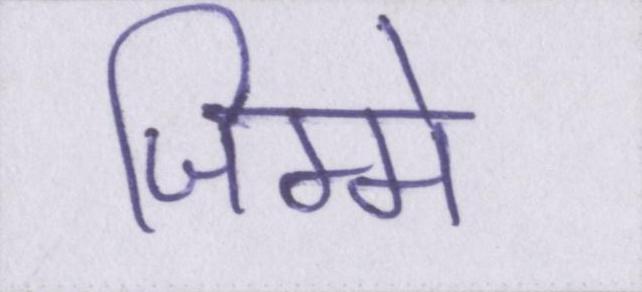
जिम्मे